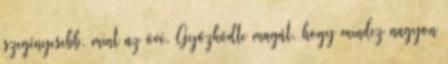
szegényesebb, mint az övé. Győzködte magát, hogy mindez nagyon